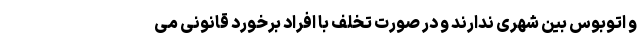
و اتوبوس بین شهری ندارند و در صورت تخلف با افراد برخورد قانونی می